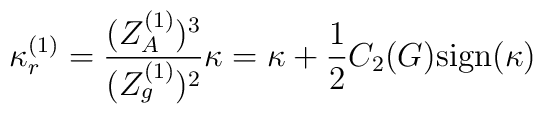
\kappa_r^{(1)} = \frac{(Z_A^{(1)})^3}{(Z_g^{(1)})^2} \kappa                           = \kappa + \frac{1}{2}C_2(G){\rm sign}(\kappa)